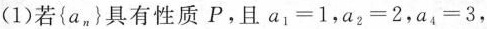
(1)若{a_{n}}具有性质P，且$$a_{1}=1$$，$$a_{2}=2$$，$$a_{4}=3$$，